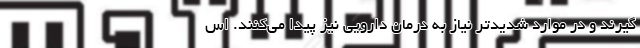
گیرند و در موارد شدیدتر نیاز به درمان دارویی نیز پیدا می‌کنند. اس